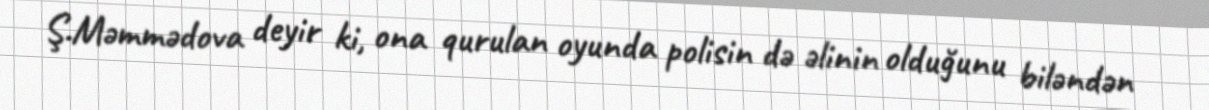
Ş.Məmmədova deyir ki, ona qurulan oyunda polisin də əlinin olduğunu biləndən